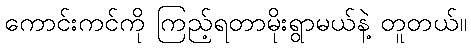
ကောင်းကင်ကို ကြည့်ရတာမိုးရွာမယ်နဲ့ တူတယ်။